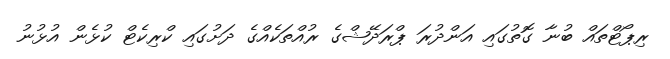
ރިޕޯޓްތައް ބުނާ ގޮތުގައި އަންދުރަ ޕްރަދޭޝްގެ ރުއްތަކެއްގެ ދަަށުގައި ކްރިކެޓް ކުޅެން އުޅުނު